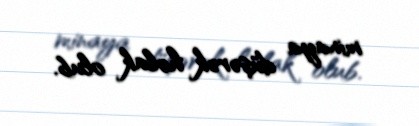
minaya düşərək həlak olub.